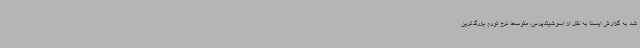
شد به گزارش ایسنا به نقل از اسوشیتدپرس، متوسط نرخ تورم بزرگ‌ترین